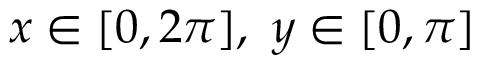
x \in [ 0 , 2 \pi ] , \ y \in [ 0 , \pi ]